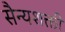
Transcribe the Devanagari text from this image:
सैन्यशक्ती